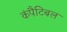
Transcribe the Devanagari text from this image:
कंपैटिबल